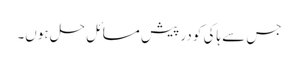
جس سے ہاکی کو در پیش مسائل حل ہوں۔